Annual report on the working of the Harcourt Butler Institute of Public Health, Rangoon
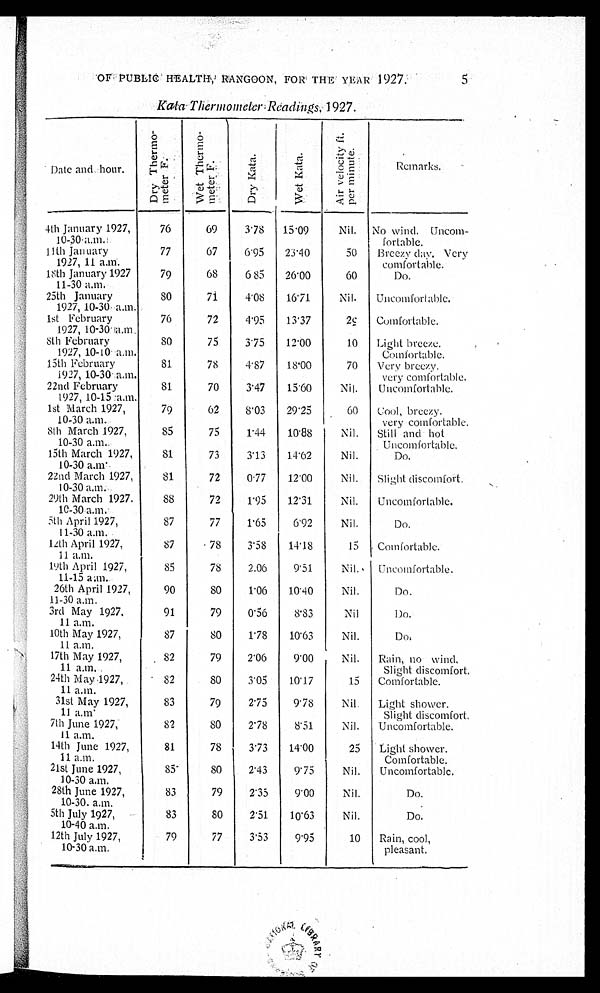
5
Kata Thermometer Readings, 1927.
Date and. hour.
D r y T h e r m o ¬ m e t e r F .
W e t t h e r m o ¬ m e t e r F .
D r y K a t a .
W e t K a t a .
A i r v e l o c i t y i t p e r m i n u t e .
R e m a r k s .
4th January 1927,
10-30. a.m.
76
69
3.78 15.09
Nil. No wind. Uncom
¬fortable.
11th January
1927. 11 a.m.
77
67
6.95
23.40
50
Breezy day. Very
comfortable.
18th January 1927
11-30 a.m.
79
68
6 85
26.00
60
Do.
25th January
1927, 10-30 a.m.
80
71
4.08
16.71
Nil.
Uncomforlable.
1st February
1927, 10-30,a.m.
76
72
4.95
13.37
29
Comfortable.
5th February
1927, 10-10 . a.m.
8 0 75
3.75
12.00
10 Light breeze.
Comfortable.
15th February
1927, 10-30 a.m.
81
78
4.87
18.00
70 Very breezy.
very comfortable.
22nd February
1927, 10-15 :a.m.
81
70
3.47
15.60
Nil.
Uncomfortable.
1st March 1927,
10-30 a.m.
79
62
8.03
29.25
60 Cool, breezy.
very comfortable.
8th March 1927,
10-30 a.m..
85
75
1.44
10.88
Nil. Still and hot
Uncomfortable.
15th March 1927,
10-30 a.m.
81
73
3.13
14.62
Nil.
Do.
22nd March 1927,
10-30 a.m.
81
72
0.77
12.00
Nil.
Slight discomfort.
29th March 1927.
10-30 a.m.
88
72
1.95
12.31
Nil.
Uncomfortable.
5th April 1927,
11-30 a.m.
87
77
1.65
6.92
Nil.
Do.
12th April 1927,
11 a.m.
87
78
3.58
14.18
15 Comfortable.
19th April 1927,
11-15 a.m.
85
78
2.06
9.51
Nil.
Uncomfortable.
26th April 1927,
.11-30 a.m.
90
80
1.06
10.40
Nil.
Do.
3rd May 1927,
11 a.m.
91
79
0.56
8.83
Nil
D o .
10th May 1927,
11 a.m.
87
80
1.78
10.63
Nil.
Do.
17th May 1927,
11 a.m.
82
79
2.06
9.00
Nil. Rain, no wind,
Slight discomfort.
24th May 1927,
11 a.m.
82
80
3.05
10.17
15 Comfortable.
31st May 1927,
11 a.m.
83
79
2.75
9.78
Nil. Light shower.
Slight discomfort.
7th June 1927,
11 a.m.
82
80
2.78
8.51
Nil. Uncomfortable.
14th June 1927,
11 a.m.
81
78
3.73
14.00
25 Light shower.
Comfortable.
21st June 1927,
10-30 a.m.
85
80
2.43
9.75
Nil.
Uncomfortable.
28th June 1927,
10-30. a.m.
83
79
2.35
9.00
Nil.
Do.
5th July 1927,
10-40 a.m.
83
80
2.51
10.63
Nil.
Do.
12th July 1927,
10-30 a.m.
79
77
3.53
9.95
10 Rain, cool,
pleasant.